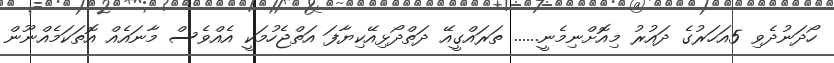
ހޯދަނުދެވި 5އަހަރުގެ ދައުރު މިއޮށްނިމެނީ...... ތަރައްގީއޭ ދަތްދޯޅިއޭކިޔާފަ އަތްޖެހުމަކީ އެއްވެސް މާނައެއް އޮތަކަމެއްނޫން